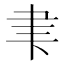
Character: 𮌁